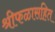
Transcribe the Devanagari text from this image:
श्रीफळासहित